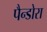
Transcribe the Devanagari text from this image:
पैन्डोरा